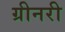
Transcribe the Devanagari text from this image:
ग्रीनरी